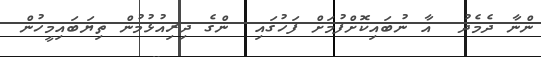
ންނާ ދެމެދު  އާ ނުބައިކޮށްފުމަށް ފަހުގައި  ންގެ ދިރިއުޅުމުން ތިޔަބައިމީހުން